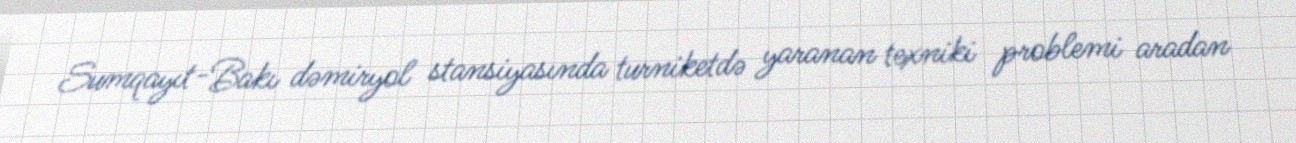
Sumqayıt-Bakı dəmiryol stansiyasında turniketdə yaranan texniki problemi aradan